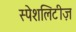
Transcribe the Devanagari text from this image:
स्पेशलिटीज़